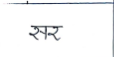
मजकूर: सर